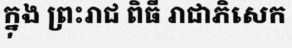
ក្នុង ព្រះរាជ ពិធី រាជាភិសេក